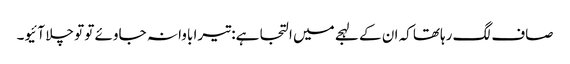
صاف لگ رہاتھا کہ ان کے لہجے میں التجا ہے: تیرا باوا نہ جاوئے تو تو چلا آئیو۔